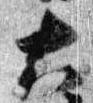
大